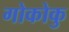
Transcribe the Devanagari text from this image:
गोकोकु